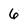
Character: 6